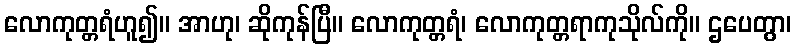
လောကုတ္တရံဟူ၍။ အာဟု၊ ဆိုကုန်ပြီ။ လောကုတ္တရံ၊ လောကုတ္တရာကုသိုလ်ကို။ ဌပေတွာ၊